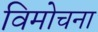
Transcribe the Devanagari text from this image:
विमोचना